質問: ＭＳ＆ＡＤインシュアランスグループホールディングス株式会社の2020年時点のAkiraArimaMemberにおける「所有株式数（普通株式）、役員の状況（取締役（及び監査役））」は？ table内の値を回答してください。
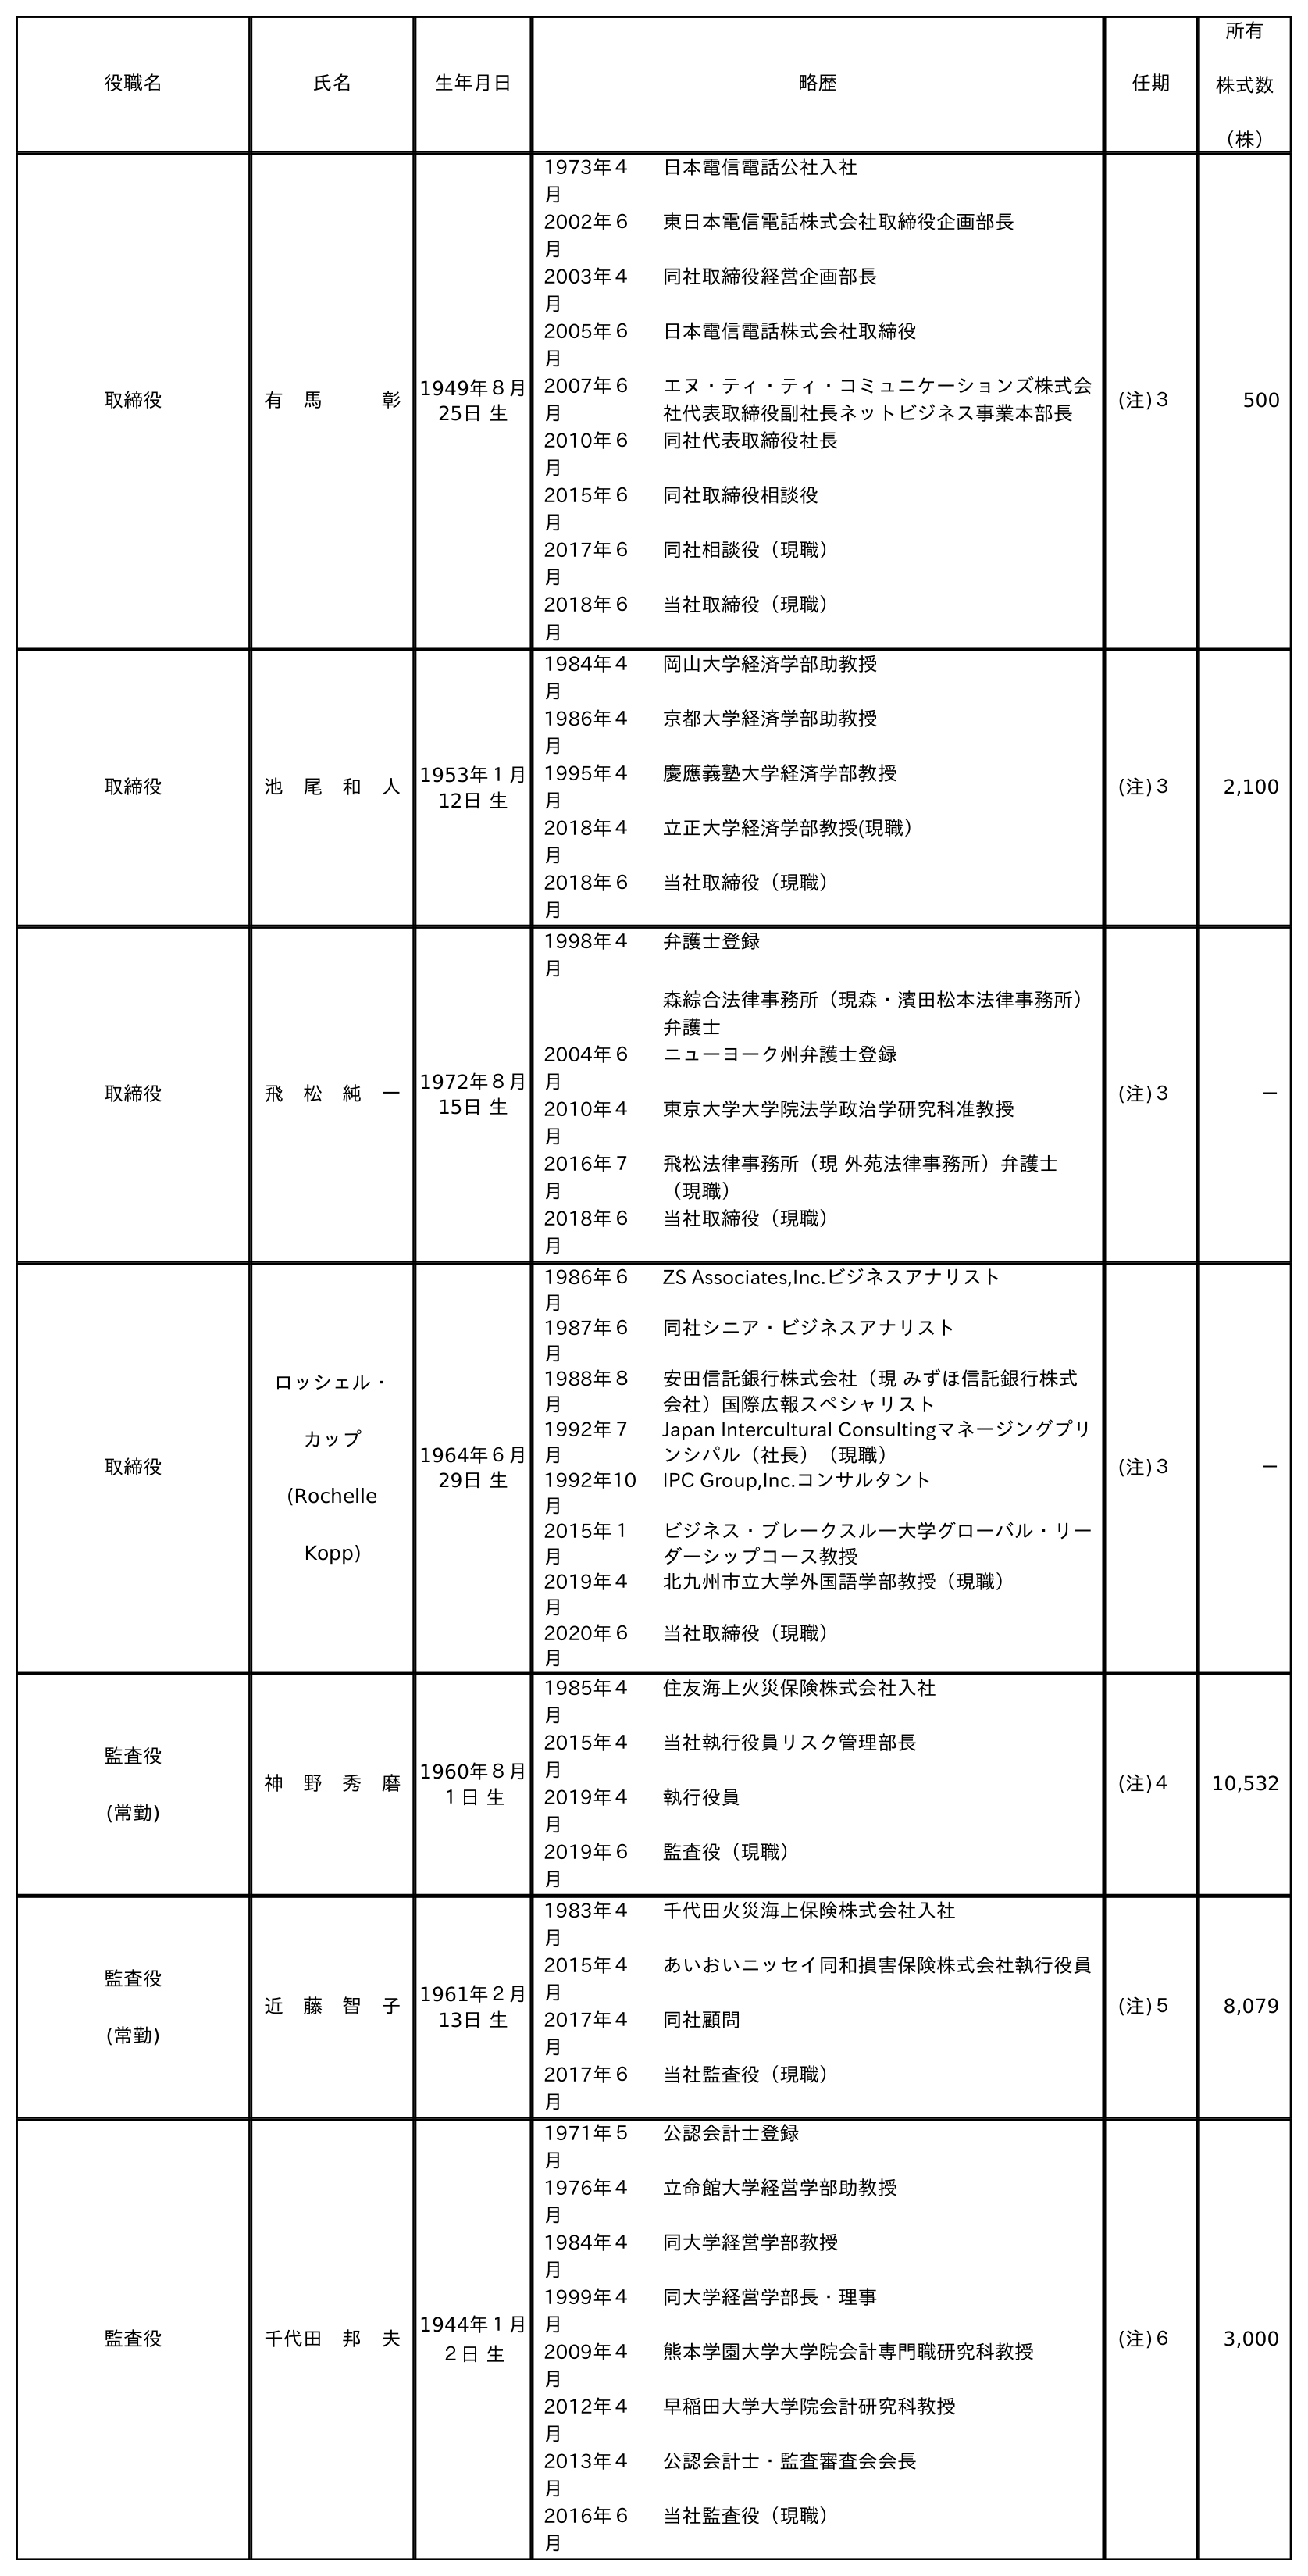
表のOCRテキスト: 役職名 氏名 生年月日 略歴 任期 所有 株式数 （株） 取締役 有 馬   彰 1949年８月 25日 生 1973年４ 月 日本電信電話公社入社 2002年６ 月 東日本電信電話株式会社取締役企画部長 2003年４ 月 同社取締役経営企画部長 2005年６ 月 日本電信電話株式会社取締役 2007年６ 月 エヌ・ティ・ティ・コミュニケーションズ株式会 社代表取締役副社長ネットビジネス事業本部長 2010年６ 月 同社代表取締役社長 2015年６ 月 同社取締役相談役 2017年６ 月 同社相談役（現職） 2018年６ 月 当社取締役（現職） (注)３ 500 取締役 池 尾 和 人 1953年１月 12日 生 1984年４ 月 岡山大学経済学部助教授 1986年４ 月 京都大学経済学部助教授 1995年４ 月 慶應義塾大学経済学部教授 2018年４ 月 立正大学経済学部教授(現職） 2018年６ 月 当社取締役（現職） (注)３ 2,100 取締役 飛 松 純 一 1972年８月 15日 生 1998年４ 月 弁護士登録 森綜合法律事務所（現森・濱田松本法律事務所） 弁護士 2004年６ 月 ニューヨーク州弁護士登録 2010年４ 月 東京大学大学院法学政治学研究科准教授 2016年７ 月 飛松法律事務所（現 外苑法律事務所）弁護士 （現職） 2018年６ 月 当社取締役（現職） (注)３ － 取締役 ロッシェル・ カップ (Rochelle Kopp) 1964年６月 29日 生 1986年６ 月 ZS Associates,Inc.ビジネスアナリスト 1987年６ 月 同社シニア・ビジネスアナリスト 1988年８ 月 安田信託銀行株式会社（現 みずほ信託銀行株式 会社）国際広報スペシャリスト 1992年７ 月 Japan Intercultural Consultingマネージングプリ ンシパル（社長）（現職） 1992年10 月 IPC Group,Inc.コンサルタント 2015年１ 月 ビジネス・ブレークスル―大学グローバル・リー ダーシップコース教授 2019年４ 月 北九州市立大学外国語学部教授（現職） 2020年６ 月 当社取締役（現職） (注)３ － 監査役 (常勤) 神 野 秀 磨 1960年８月 １日 生 1985年４ 月 住友海上火災保険株式会社入社 2015年４ 月 当社執行役員リスク管理部長 2019年４ 月 執行役員 2019年６ 月 監査役（現職） (注)４ 10,532 監査役 (常勤) 近 藤 智 子 1961年２月 13日 生 1983年４ 月 千代田火災海上保険株式会社入社 2015年４ 月 あいおいニッセイ同和損害保険株式会社執行役員 2017年４ 月 同社顧問 2017年６ 月 当社監査役（現職） (注)５ 8,079 監査役 千代田 邦 夫 1944年１月 ２日 生 1971年５ 月 公認会計士登録 1976年４ 月 立命館大学経営学部助教授 1984年４ 月 同大学経営学部教授 1999年４ 月 同大学経営学部長・理事 2009年４ 月 熊本学園大学大学院会計専門職研究科教授 2012年４ 月 早稲田大学大学院会計研究科教授 2013年４ 月 公認会計士・監査審査会会長 2016年６ 月 当社監査役（現職） (注)６ 3,000
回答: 500